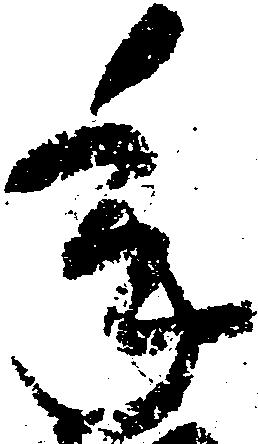
年